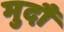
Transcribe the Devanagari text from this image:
मुदौं